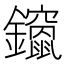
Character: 𮣨